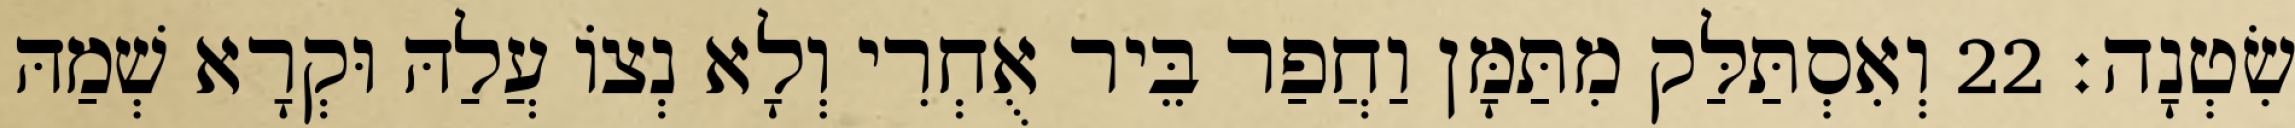
שִׂטְנָה׃ 22 וְאִסְתַּלַּק מִתַּמָּן וַחֲפַר בֵּיר אֻחְרִי וְלָא נְצוֹ עֲלַהּ וּקְרָא שְׁמַהּ